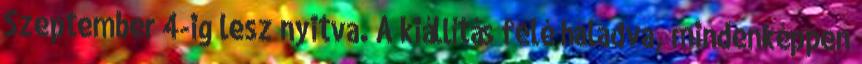
Szeptember 4-ig lesz nyitva. A kiállítás felé haladva, mindenképpen